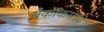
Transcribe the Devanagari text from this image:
बँकॉकमध्ये